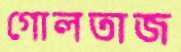
গোলতাজ